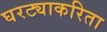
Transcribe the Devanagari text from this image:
घरट्याकरिता